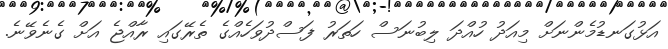
އަޅުގަނޑުމެންނަށް މިއަދު ހުއްދަ ލިބުނަސް ހަތަރު ފަސްދުވަހެއްގެ ތެރޭގައި ރާއްޖެ އަށް ގެނެވޭނެ.